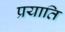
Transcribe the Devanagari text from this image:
प्रयाति